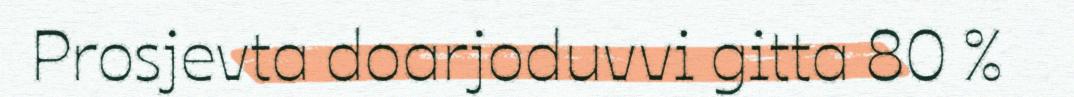
Prosjevta doarjoduvvi gitta 80 %